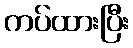
ကပ်ထားပြီး